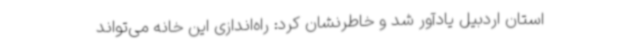
استان اردبیل یادآور شد و خاطرنشان کرد: راه‌اندازی این خانه می‌تواند